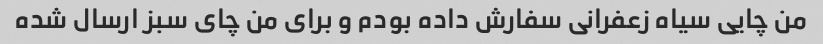
من چایی سیاه زعفرانی سفارش داده بودم و برای من چای سبز ارسال شده